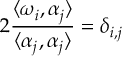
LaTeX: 2 { \frac { \langle \omega _ { i } , \alpha _ { j } \rangle } { \langle \alpha _ { j } , \alpha _ { j } \rangle } } = \delta _ { i , j }